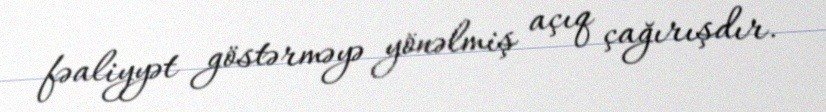
fəaliyyət göstərməyə yönəlmiş açıq çağırışdır.